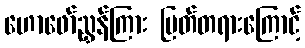
ဟောဖော်ညွှန်ကြား မြတ်တရားကြောင့်